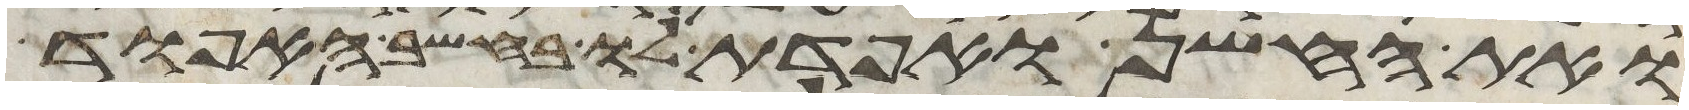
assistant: ואת החשן ואפדת לו בחשב האפוד